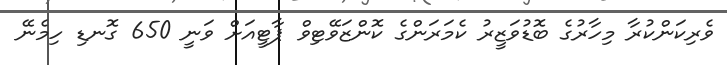
ވެރިކަންކުރާ މިހާރުގެ ބޮޑުވަޒީރު ކެމަރަންގެ ކޮންޒަވޭޓިވް ޕާޓީއަށް ވަނީ 650 ގޮނޑި ހިމެނޭ